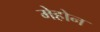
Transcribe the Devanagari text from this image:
मेहोन